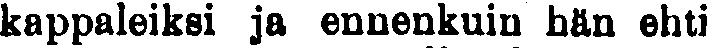
kappaleiksi ja ennenkuin hän ehti